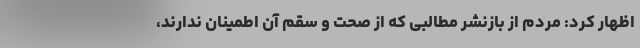
اظهار کرد: مردم از بازنشر مطالبی که از صحت و سقم آن اطمینان ندارند،